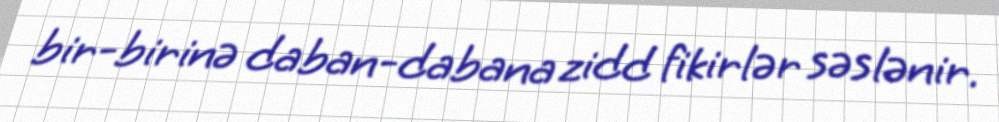
bir-birinə daban-dabana zidd fikirlər səslənir.